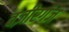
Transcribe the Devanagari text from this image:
वज़ीरगंज